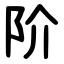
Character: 阶